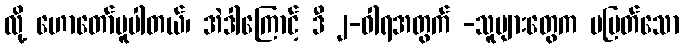
လို့ ဟောတော်မူပါတယ်၊ အဲဒါကြောင့် ဒီ ၂-ဝါရအတွက် -သူများတွေက မမြတ်သော